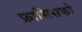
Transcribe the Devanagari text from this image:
फ्रासिसको